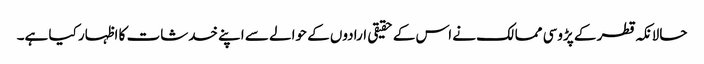
حالانکہ قطر کے پڑوسی ممالک نے اس کے حقیقی ارادوں کے حوالے سے اپنے خدشات کا اظہار کیا ہے۔